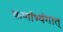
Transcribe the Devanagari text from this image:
कर्णाभ्यंगात्‌